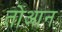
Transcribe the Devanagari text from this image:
तोआन